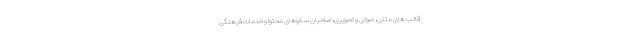
قالب های متنی، صوتی و تصویری، صاحبان سکوهای محتوا و خدمات فرهنگی